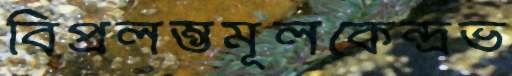
বিপ্রলম্ভমূলকেন্দ্রভ